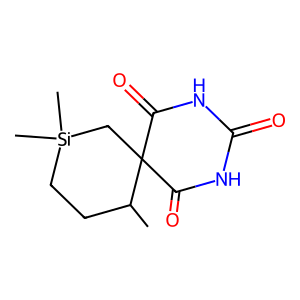
SMILES: CC1CC[Si](C)(C)CC12C(=O)NC(=O)NC2=O
Inhibits HIV replication: No